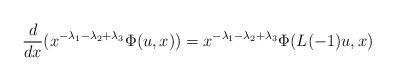
LaTeX: \begin{align*}\dfrac{d}{dx}(x^{-\lambda_1-\lambda_2+\lambda_3}\Phi(u ,x)) =x^{-\lambda_1-\lambda_2+\lambda_3}\Phi(L(-1)u,x) \end{align*}